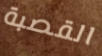
القصبة